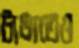
টাঙাতেও